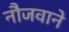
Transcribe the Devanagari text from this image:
नौजवाने